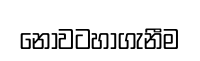
නොවටහාගැනීම